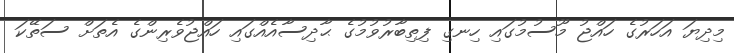
މިދިޔަ އަހަރުގެ ހައްޖު މޫސުމުގައި ހިނގި ފިތިބާރުވުމުގެ ޙާދިސާއެއްގައި ހައްޖުވެރިންގެ އެތަށް ސަތޭކަ